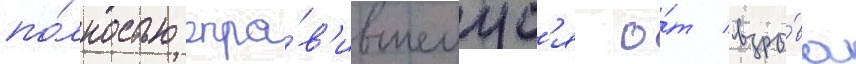
по́лностью опра́в'ившемус'я о́т взры́ва